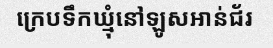
ក្រេបទឹកឃ្មុំនៅឡូសអាន់ជ័រ